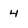
Character: 4